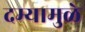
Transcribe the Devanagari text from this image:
दम्यामुळे